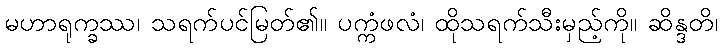
မဟာရုက္ခဿ၊ သရက်ပင်မြတ်၏။ ပက္ကံဖလံ၊ ထိုသရက်သီးမှည့်ကို။ ဆိန္ဒတိ၊